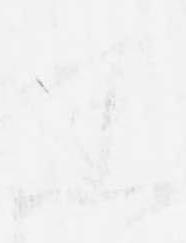
悉